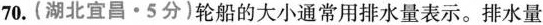
70.(湖北宜昌 · 5分)轮船的大小通常用排水量表示。排水量